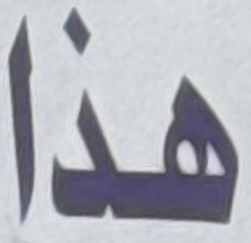
هذا